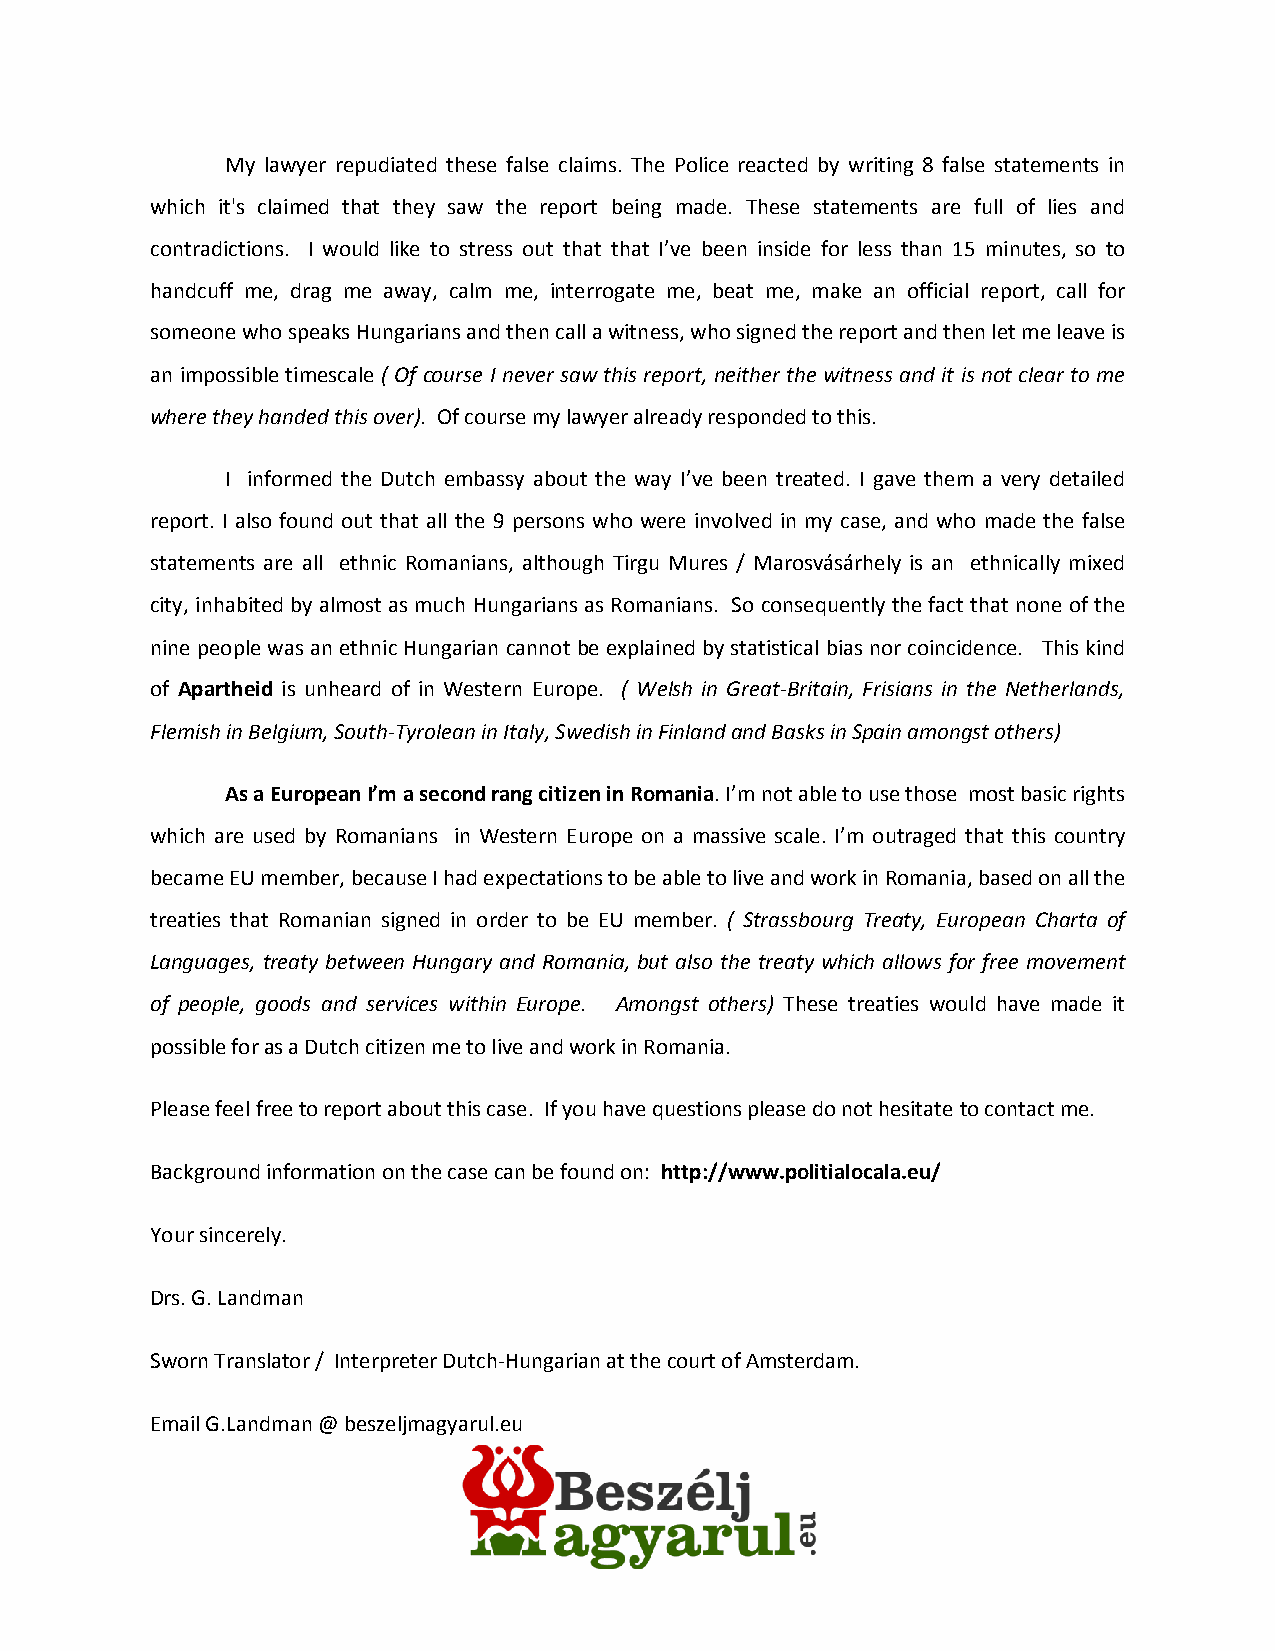
My lawyer repudiated these false claims. The Police reacted by writing 8 false statements in
 which it's claimed that they saw the report being made. These statements are full of lies and
 contradictions. I would like to stress out that that I’ve been inside for less than 15 minutes, so to
 handcuff me, drag me away, calm me, interrogate me, beat me, make an official report, call for
 someone who speaks Hungarians and then call a witness, who signed the report and then let me leave is
 an impossible timescale ( Of course I never saw this report, neither the witness and it is not clear to me
 where they handed this over). Of course my lawyer already responded to this.
 I informed the Dutch embassy about the way I’ve been treated. I gave them a very detailed
 report. I also found out that all the 9 persons who were involved in my case, and who made the false
 statements are all ethnic Romanians, although Tirgu Mures / Marosvásárhely is an ethnically mixed
 city, inhabited by almost as much Hungarians as Romanians. So consequently the fact that none of the
 nine people was an ethnic Hungarian cannot be explained by statistical bias nor coincidence. This kind
 of Apartheid is unheard of in Western Europe. ( Welsh in Great-Britain, Frisians in the Netherlands,
 Flemish in Belgium, South-Tyrolean in Italy, Swedish in Finland and Basks in Spain amongst others)
 As a European I’m a second rang citizen in Romania. I’m not able to use those most basic rights
 which are used by Romanians in Western Europe on a massive scale. I’m outraged that this country
 became EU member, because I had expectations to be able to live and work in Romania, based on all the
 treaties that Romanian signed in order to be EU member. ( Strassbourg Treaty, European Charta of
 Languages, treaty between Hungary and Romania, but also the treaty which allows for free movement
 of people, goods and services within Europe. Amongst others) These treaties would have made it
 possible for as a Dutch citizen me to live and work in Romania.
 Please feel free to report about this case. If you have questions please do not hesitate to contact me.
 Background information on the case can be found on: http://www.politialocala.eu/
 Your sincerely.
 Drs. G. Landman
 Sworn Translator / Interpreter Dutch-Hungarian at the court of Amsterdam.
 Email G.Landman @ beszeljmagyarul.eu